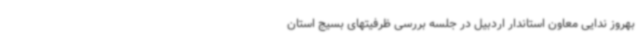
بهروز ندایی معاون استاندار اردبیل در جلسه بررسی ظرفیتهای بسیج استان